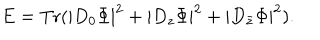
E = \mathrm { T r } ( | D _ { 0 } \Phi | ^ { 2 } + | D _ { z } \Phi | ^ { 2 } + | D _ { \bar { z } } \Phi | ^ { 2 } ) .